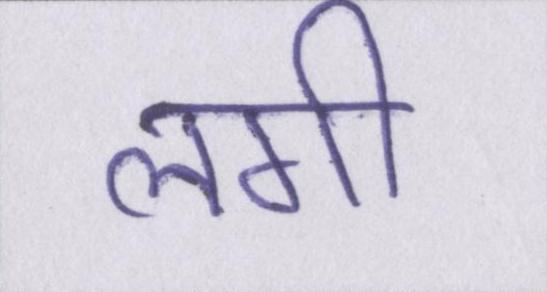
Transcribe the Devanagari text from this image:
लगी